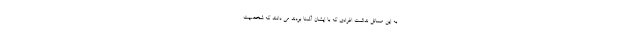
به این مسائل نداشت افرادی که با ایشان آشنا بودند می دانند که شخصیت